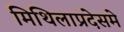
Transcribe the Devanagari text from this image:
मिथिलाप्रदेसमे